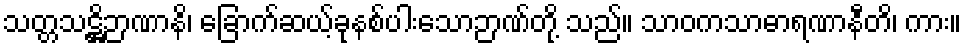
သတ္တသဋ္ဌိဉာဏာနိ၊ ခြောက်ဆယ့်ခုနစ်ပါးသောဉာဏ်တို့ သည်။ သာဝကသာဓာရဏာနီတိ၊ ကား။